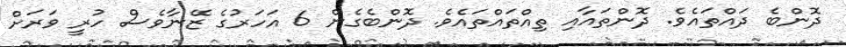
ދޮންބެ ދައްތައެވެ. ދޮންތައާއި ތިއްތައްތައެވެ. ދޮންބެގެން 6 އަހަރުގެ ޒޭނާވެސް ހުރީ ވަރަށް